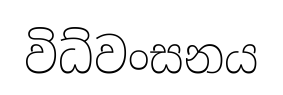
විධ්වංසනය